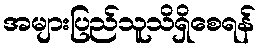
အများပြည်သူသိရှိစေရန်